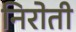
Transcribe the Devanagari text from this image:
निरोती